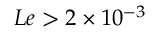
L e > 2 \times 1 0 ^ { - 3 }